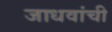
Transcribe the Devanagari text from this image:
जाधवांची